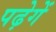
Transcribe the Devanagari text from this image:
पढ़ेगें